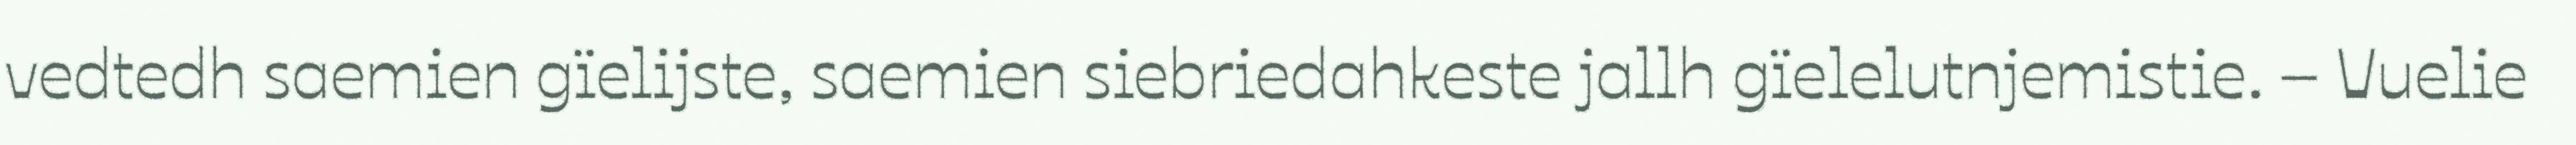
vedtedh saemien gïelijste, saemien siebriedahkeste jallh gïelelutnjemistie. – Vuelie